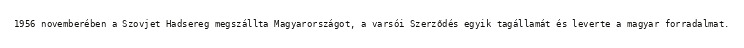
1956 novemberében a Szovjet Hadsereg megszállta Magyarországot, a varsói Szerződés egyik tagállamát és leverte a magyar forradalmat.